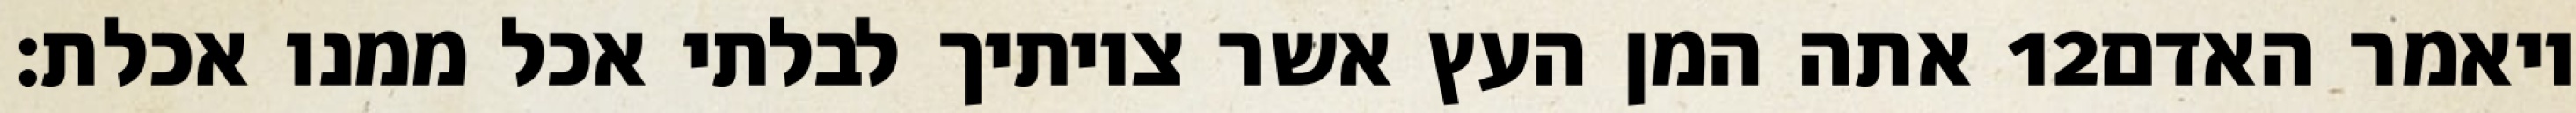
אתה המן העץ אשר צויתיך לבלתי אכל ממנו אכלת׃ ‎12‏ ויאמר האדם